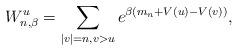
LaTeX: \begin{align*} W_{n,\beta}^u = \sum_{|v|=n, v > u} e^{\beta (m_n + V(u) - V(v))},\end{align*}